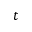
\boldsymbol { t }